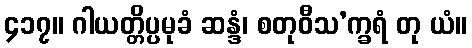
၄၁၇။ ဂါယတ္တိပ္ပမုခံ ဆန္ဒံ၊ စတုဝီသ’က္ခရံ တု ယံ။